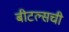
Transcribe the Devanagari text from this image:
बीटल्सची